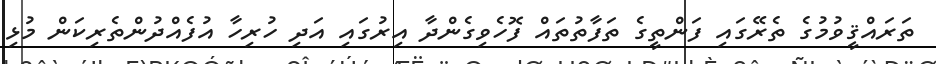
ތަރައްޤީވުމުގެ ތެރޭގައި ފަންތީގެ ތަފާތުތައް ފޮހެވިގެންދާ އިރުގައި އަދި ހުރިހާ އުފެއްދުންތެރިކަން މުޅި